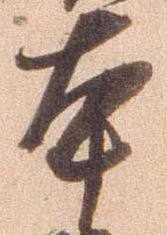
本